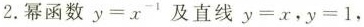
2.幂函数$$y = x ^ { - 1 }$$及直线$$y = x$$，$$y = 1$$，